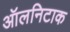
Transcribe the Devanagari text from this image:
ऑलनिटाक